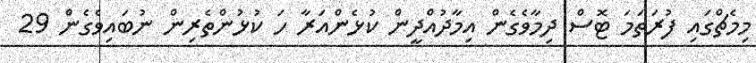
މިމެޗްގައި ފުރަތަމަ ޓޮސް ދިމާވެގެން އިމާދުއްދީން ކުޅެންއަރާ ހަ ކުޅުންތެރިން ނުބައިވެގެން 29